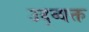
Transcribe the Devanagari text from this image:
उद्व्यक्त